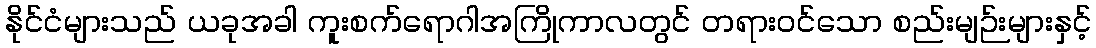
နိုင်ငံများသည် ယခုအခါ ကူးစက်ရောဂါအကြိုကာလတွင် တရားဝင်သော စည်းမျဉ်းများနှင့်